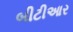
બીટીઆર